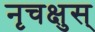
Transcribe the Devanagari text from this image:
नृचक्षुस्